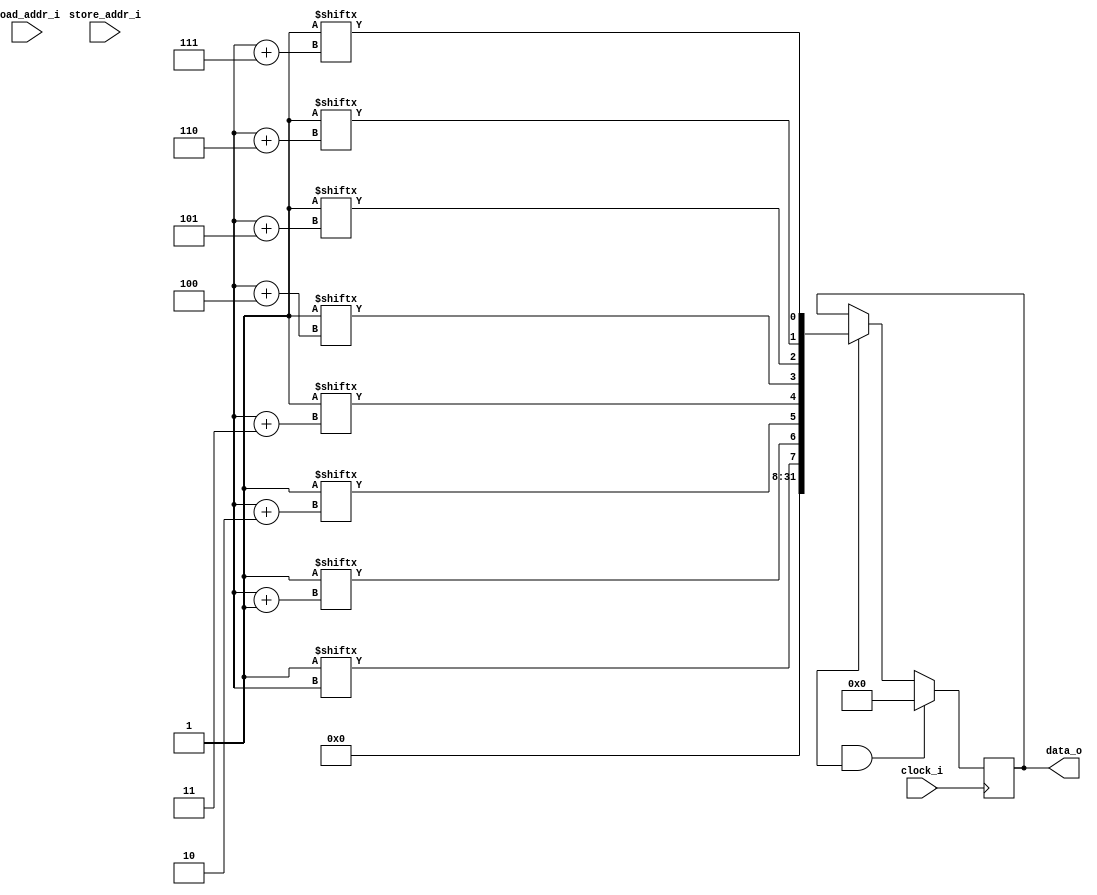
module simple_dmem 
(
    input               clock_i,

    input       [09:0]  load_addr_i,
    input       [09:0]  store_addr_i,

    output reg  [31:0]  data_o = 0
);

    reg  [7:0]  datamemory [0:1023];

    wire [9:0]  address0, address1, address2, address3;
    wire [9:0]  address4, address5, address6, address7;

    assign address0 = address_i;
    assign address1 = address_i+1;
    assign address2 = address_i+2;
    assign address3 = address_i+3;
    assign address4 = address_i+4;
    assign address5 = address_i+5;
    assign address6 = address_i+6;
    assign address7 = address_i+7;


    always @ (posedge clock_i) begin
        if (ssr_i && re_i) begin
            data_o <= 0;
        end else if (re_i) begin
            data_o <= { 
                instmemory[address0], instmemory[address1], instmemory[address2], instmemory[address3],
                instmemory[address4], instmemory[address5], instmemory[address6], instmemory[address7] 
            };
        end
        


    end


endmodule